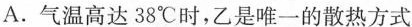
A.气温高达38℃时，乙是唯一的散热方式